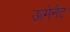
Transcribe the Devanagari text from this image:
ऊमेनेट